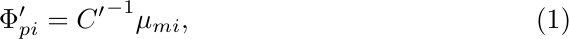
\begin{equation}
    \Phi_{pi}' = {C'}^{-1}\mu_{mi},
\end{equation}